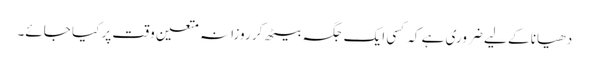
دھیانا کے لیے ضروری ہے کہ کسی ایک جگہ بیٹھ کر روزانہ متعین وقت پر کیا جائے۔